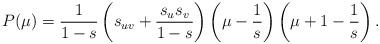
LaTeX: \begin{align*}P(\mu)=\frac{1}{1-s}\left(s_{uv}+\frac{s_us_v}{1-s}\right)\left(\mu-\frac{1}{s}\right)\left(\mu+1-\frac{1}{s}\right).\end{align*}